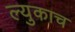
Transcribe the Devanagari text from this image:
ल्युकाच